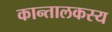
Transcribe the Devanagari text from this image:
कान्तालकस्य